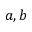
a , b